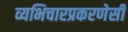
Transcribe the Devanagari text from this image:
व्यभिचारप्रकरणेसी